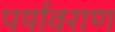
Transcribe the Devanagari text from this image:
पर्यावराण